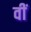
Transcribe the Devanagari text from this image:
वीं